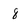
Character: 8